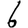
Digit: 6